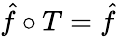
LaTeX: {\hat{f}}\circ T={\hat{f}}